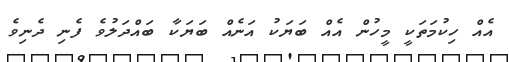
އެއް ހިކުމަތަކީ މީހުން އެއް ބަޔަކު އަނެއް ބަޔަކާ ބައްދަލުވެ ފެނި ދެނިވެ